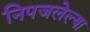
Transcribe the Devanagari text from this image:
निपजलेल्या